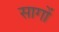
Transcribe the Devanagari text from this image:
सागों